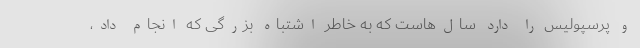
و پرسپولیس را دارد سال‌هاست که به خاطر اشتباه بزرگی که انجام داد،